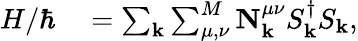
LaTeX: \begin{array}{rl}{H/\hbar}&{{}=\sum_{\mathbf{k}}\sum_{\mu,\nu}^{M}\mathbf{N}_{\mathbf{k}}^{\mu\nu}S_{\mathbf{k}}^{\dagger}S_{\mathbf{k}},}\end{array}